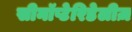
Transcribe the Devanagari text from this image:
सीनॉप्टेरिडेलीज़